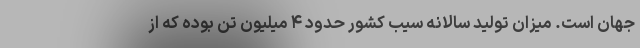
جهان است. میزان تولید سالانه سیب کشور حدود ۴ میلیون تن بوده که از